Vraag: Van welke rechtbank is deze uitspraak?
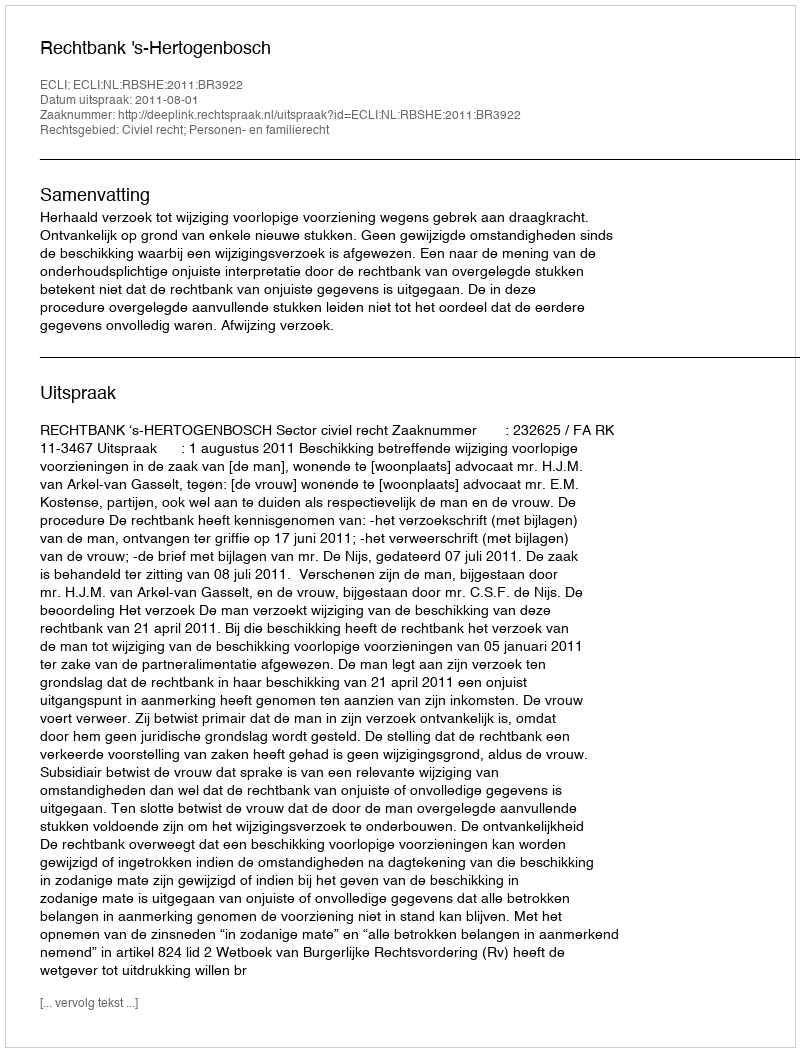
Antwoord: Rechtbank 's-Hertogenbosch